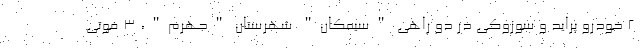
۲ خودرو پراید و سوزوکی در دو راهی "سیمکان" شهرستان "جهرم"، ۳ فوتی